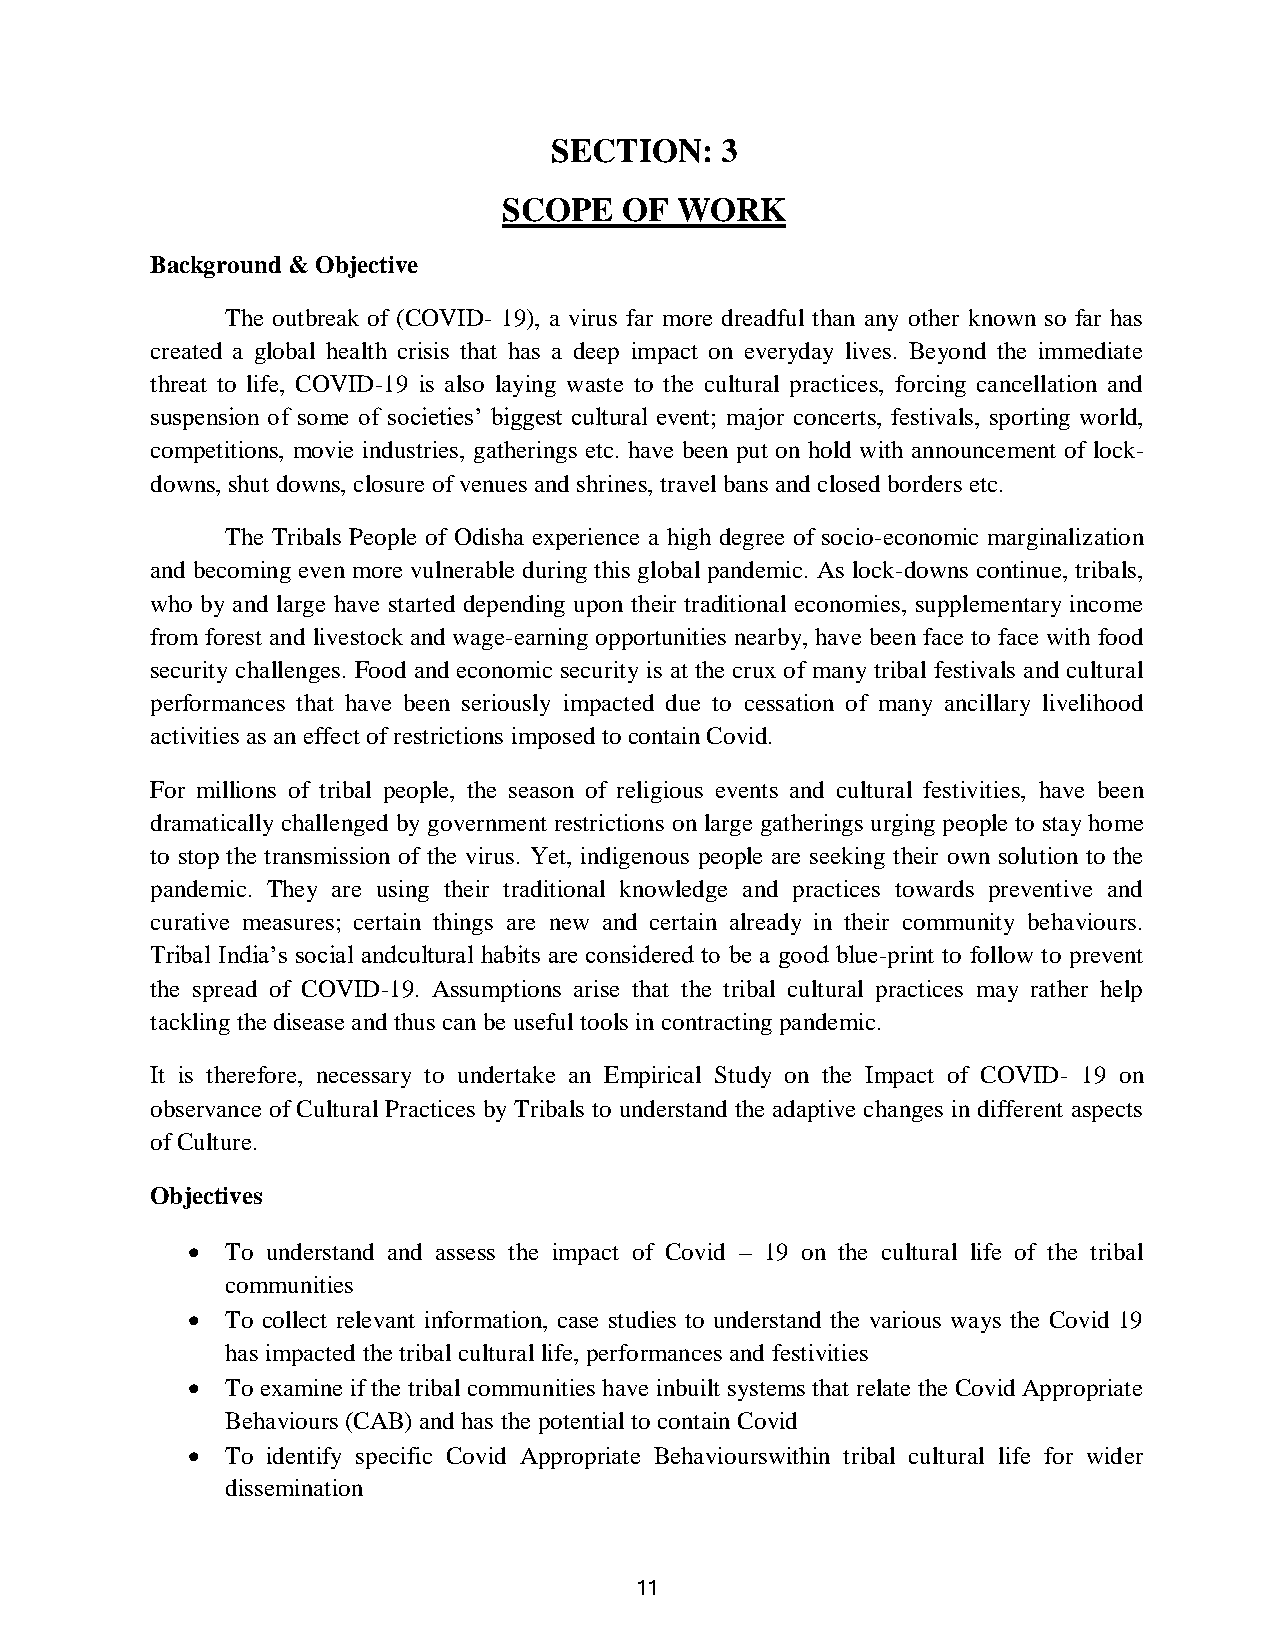
SECTION:    3
 SCOPE   OF  WORK
 Background & Objective
 The outbreak of (COVID- 19), a virus far more dreadful than any other known so far has
 created a global health crisis that has a deep impact on everyday lives. Beyond the immediate
 threat to life, COVID-19 is also laying waste to the cultural practices, forcing cancellation and
 suspension of some of societies’ biggest cultural event; major concerts, festivals, sporting world,
 competitions, movie industries, gatherings etc. have been put on hold with announcement of lock-
 downs, shut downs, closure of venues and shrines, travel bans and closed borders etc.
 The Tribals People of Odisha experience a high degree of socio-economic marginalization
 and becoming even more vulnerable during this global pandemic. As lock-downs continue, tribals,
 who by and large have started depending upon their traditional economies, supplementary income
 from forest and livestock and wage-earning opportunities nearby, have been face to face with food
 security challenges. Food and economic security is at the crux of many tribal festivals and cultural
 performances that have been seriously impacted due to cessation of many ancillary livelihood
 activities as an effect of restrictions imposed to contain Covid.
 For millions of tribal people, the season of religious events and cultural festivities, have been
 dramatically challenged by government restrictions on large gatherings urging people to stay home
 to stop the transmission of the virus. Yet, indigenous people are seeking their own solution to the
 pandemic. They are using their traditional knowledge and practices towards preventive and
 curative measures; certain things are new and certain already in their community behaviours.
 Tribal India’s social andcultural habits are considered to be a good blue-print to follow to prevent
 the spread of COVID-19. Assumptions arise that the tribal cultural practices may rather help
 tackling the disease and thus can be useful tools in contracting pandemic.
 It is therefore, necessary to undertake an Empirical Study on the Impact of COVID- 19 on
 observance of Cultural Practices by Tribals to understand the adaptive changes in different aspects
 of Culture.
 Objectives
   To understand and assess the impact of Covid – 19 on the cultural life of the tribal
 communities
   To collect relevant information, case studies to understand the various ways the Covid 19
 has impacted the tribal cultural life, performances and festivities
   To examine if the tribal communities have inbuilt systems that relate the Covid Appropriate
 Behaviours (CAB) and has the potential to contain Covid
   To identify specific Covid Appropriate Behaviourswithin tribal cultural life for wider
 dissemination
 11